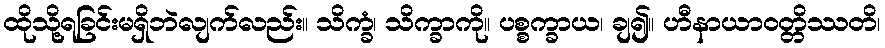
ထိုသို့ရခြင်းမရှိဘဲလျက်လည်း။ သိက္ခံ၊ သိက္ခာကို။ ပစ္စက္ခာယ၊ ချ၍။ ဟီနာယာဝတ္တိဿတိ၊